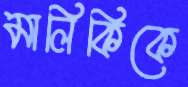
মালিকিকে